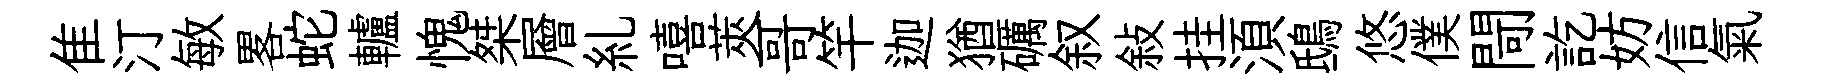
隹汀敏畧蛇轤愧桀層糺嘻莢哥竿迦猶礪叙敍挂湏鴟悠僕閜訖妨信氣